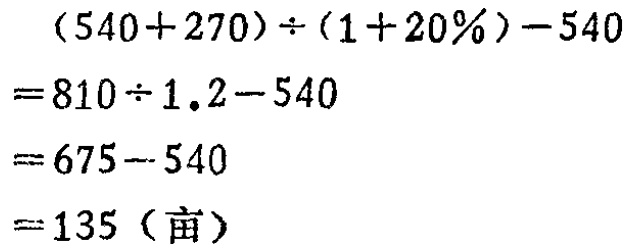
\[

\begin{align*}

&(540 + 270)\div(1 + 20\%)-540\\

=&810\div1.2 - 540\\

=&675-540\\

=&135 (\text{亩})

\end{align*}

\]